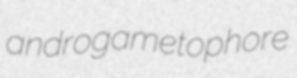
androgametophore